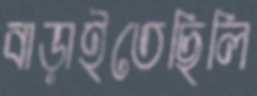
বাড়াইতেছিলি